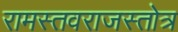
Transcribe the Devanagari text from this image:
रामस्तवराजस्तोत्र